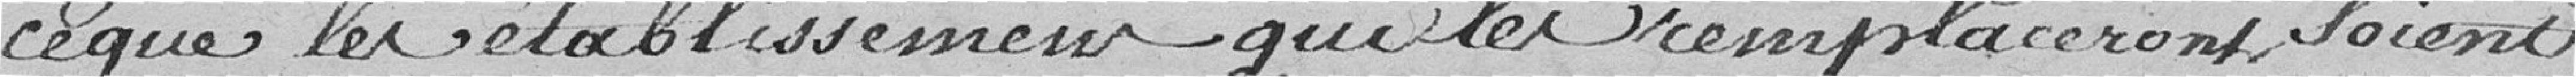
ce que les établissements qui les remplaceront soient